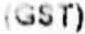
(GST)